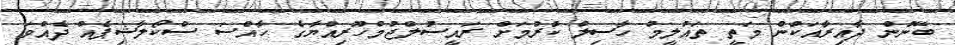
ބޭނުން ދާއިރާއަކުން މަތީ ތައުލީމު ހާސިލް ކުރުމަށް ރައީސުލްޖުމްހޫރިއްޔާގެ ހާއްސަ ސްކޯލާޝިޕެއް ދެއްވަ